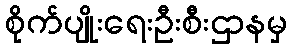
စိုက်ပျိုးရေးဦးစီးဌာနမှ